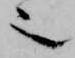
也